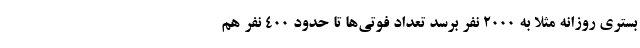
بستری روزانه مثلا به ۲۰۰۰ نفر برسد تعداد فوتی‌ها تا حدود ۴۰۰ نفر هم